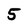
Character: 5